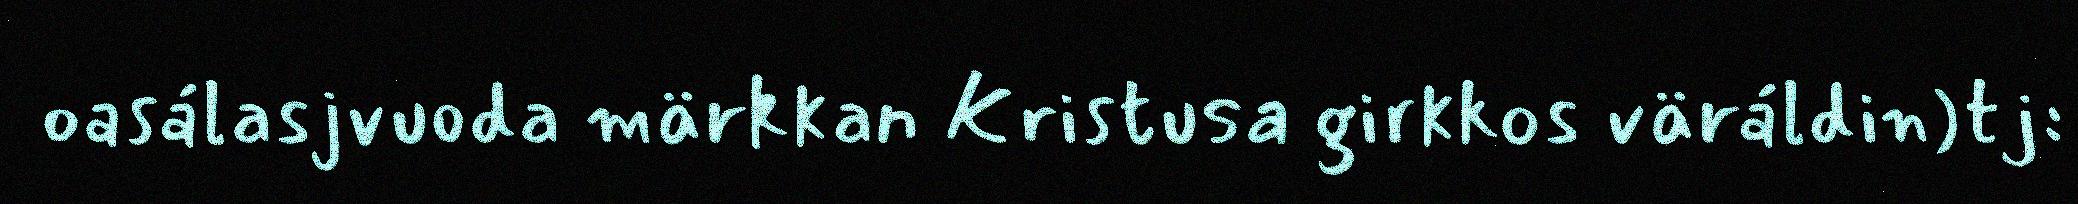
oasálasjvuoda märkkan Kristusa girkkos väráldin)tj: